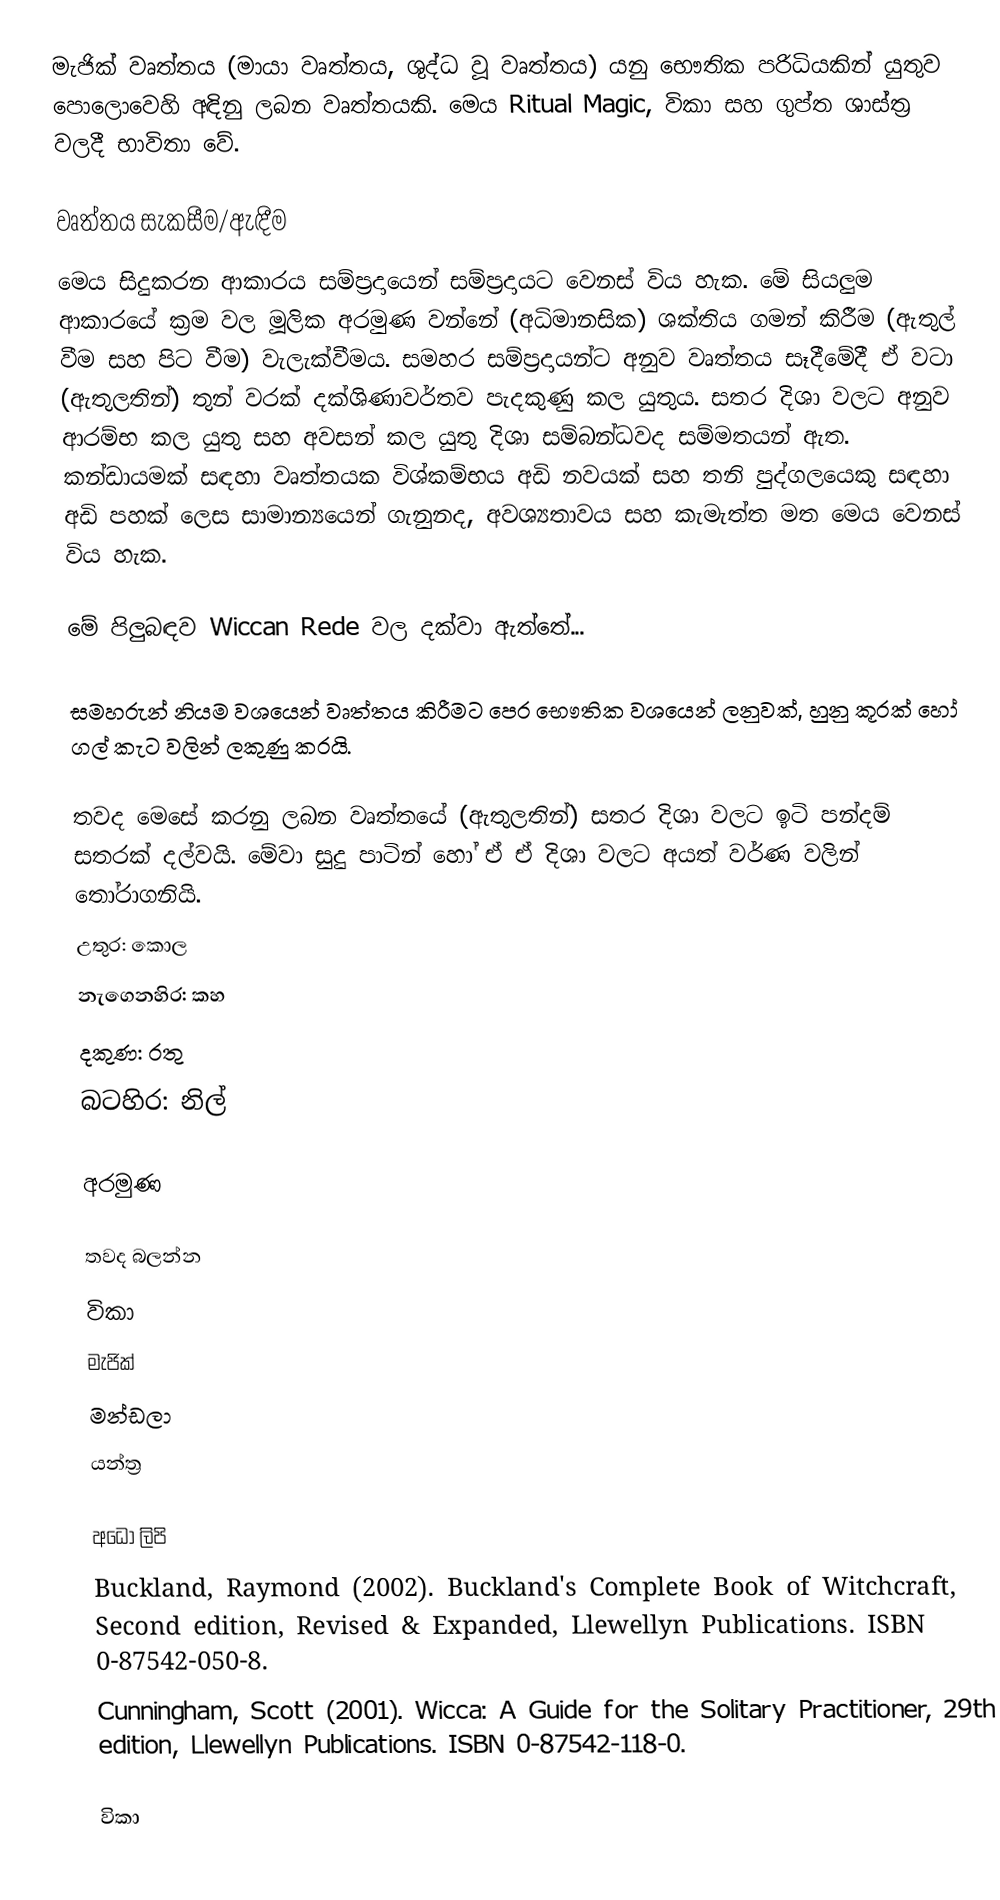
මැජික් වෘත්තය (මායා වෘත්තය, ශුද්ධ වූ වෘත්තය) යනු භෞතික පරිධියකින් යුතුව පොලොවෙහි අඳිනු ලබන වෘත්තයකි. මෙය Ritual Magic, විකා සහ ගුප්ත ශාස්ත්‍ර වලදී භාවිතා වේ.

වෘත්තය සැකසීම/ඇඳීම
මෙය සිදුකරන ආකාරය සම්ප්‍රදායෙන් සම්ප්‍රදායට වෙනස් විය හැක. මේ සියලුම ආකාරයේ ක්‍රම වල මූලික අරමුණ වන්නේ (අධිමානසික) ශක්තිය ගමන් කිරීම (ඇතුල් වීම සහ පිට වීම) වැලැක්වීමය. සමහර සම්ප්‍රදායන්ට අනුව වෘත්තය සෑදීමේදී ඒ වටා (ඇතුලතින්) තුන් වරක් දක්ශිණාවර්තව පැදකුණු කල යුතුය. සතර දිශා වලට අනුව ආරම්භ කල යුතු සහ අවසන් කල යුතු දිශා සම්බන්ධවද සම්මතයන් ඇත. කන්ඩායමක් සඳහා වෘත්තයක විශ්කම්භය අඩි නවයක් සහ තනි පුද්ගලයෙකු සඳහා අඩි පහක් ලෙස සාමාන්‍යයෙන් ගැනුනද, අවශ්‍යතාවය සහ කැමැත්ත මත මෙය වෙනස් විය හැක.

මේ පිලුබඳව Wiccan Rede වල දක්වා ඇත්තේ...

සමහරුන් නියම වශයෙන් වෘත්තය කිරීමට පෙර භෞතික වශයෙන් ලනුවක්, හුනු කූරක් හෝ ගල් කැට වලින් ලකුණු කරයි.

තවද මෙසේ කරනු ලබන වෘත්තයේ (ඇතුලතින්) සතර දිශා වලට ඉටි පන්දම් සතරක් දල්වයි. මේවා සුදු පාටින් හෝ ඒ ඒ දිශා වලට අයත් වර්ණ වලින් තෝරාගනියි.
 උතුර: කොල
 නැගෙනහිර: කහ
 දකුණ: රතු
 බටහිර: නිල්

අරමුණ

තවද බලන්න
 විකා
 මැජික්
 මන්ඩලා
 යන්ත්‍ර

අධෝ ලිපි
Buckland, Raymond (2002). Buckland's Complete Book of Witchcraft, Second edition, Revised & Expanded, Llewellyn Publications. ISBN 0-87542-050-8.
Cunningham, Scott (2001). Wicca: A Guide for the Solitary Practitioner, 29th edition, Llewellyn Publications. ISBN 0-87542-118-0.

විකා